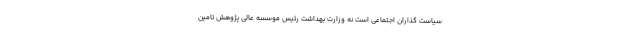
سیاست گذاران اجتماعی است نه وزارت بهداشت رئیس موسسه عالی پژوهش تامین